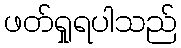
ဖတ်ရှုရပါသည်